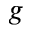
g